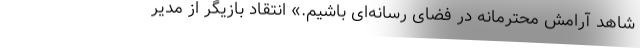
شاهد آرامش محترمانه در فضای رسانه‌ای باشیم.» انتقاد بازیگر از مدیر